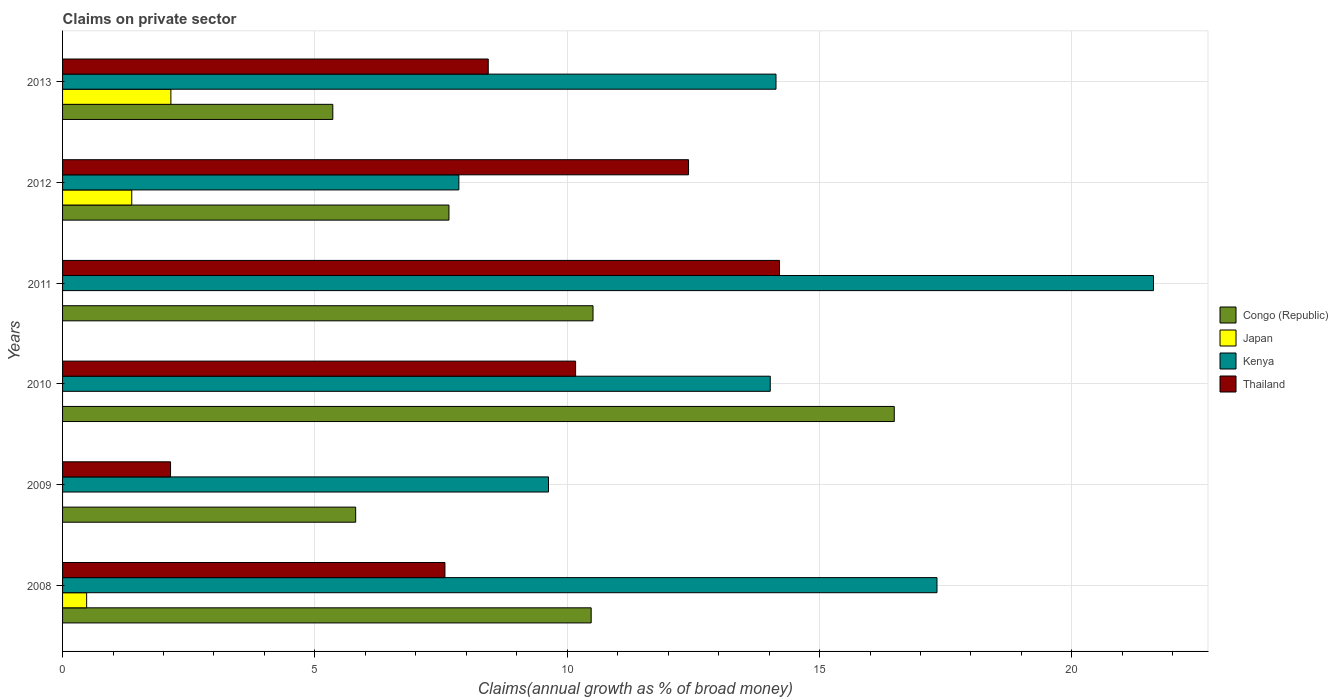
| Years | Congo (Republic) | Japan | Kenya | Thailand |
 | --- | --- | --- | --- | --- |
 | 2008 | 10.5 | 0.477 | 17.3 | 7.58 |
 | 2009 | 5.81 | -0.083 | 9.63 | 2.14 |
 | 2010 | 16.5 | -0.473 | 14 | 10.2 |
 | 2011 | 10.5 | -0.268 | 21.6 | 14.2 |
 | 2012 | 7.66 | 1.37 | 7.85 | 12.4 |
 | 2013 | 5.35 | 2.15 | 14.1 | 8.44 |